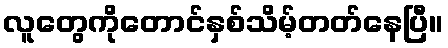
လူတွေကိုတောင်နှစ်သိမ့်တတ်နေပြီ။